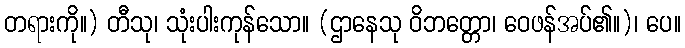
တရားကို။) တီသု၊ သုံးပါးကုန်သော။ (ဌာနေသု ဝိဘတ္တော၊ ဝေဖန်အပ်၏။)၊ ပေ။